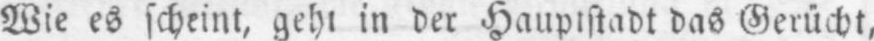
Wie es scheint, geht in der Hauptstadt das Gerücht,